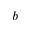
b